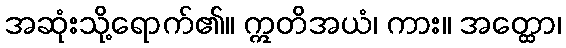
အဆုံးသို့ရောက်၏။ ဣတိအယံ၊ ကား။ အတ္ထော၊